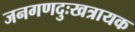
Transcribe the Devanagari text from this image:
जनगणदुःखत्रायक